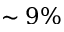
\sim 9 \%